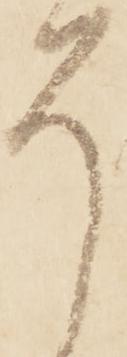
ろ